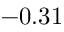
- 0 . 3 1